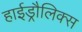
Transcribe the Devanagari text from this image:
हाईड्रौलिक्स